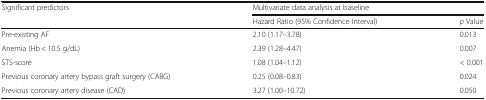
<table><thead><tr><td rowspan="2"><b>Significant predictors</b></td><td colspan="2"><b>Multivariate data analysis at baseline</b></td></tr><tr><td><b>Hazard Ratio (95% Confidence Interval)</b></td><td><b><i>p</i> Value</b></td></tr></thead><tbody><tr><td>Pre-existing AF</td><td>2.10 (1.17–3.78)</td><td>0.013</td></tr><tr><td>Anemia (Hb &lt; 10.5 g/dL)</td><td>2.39 (1.28–4.47)</td><td>0.007</td></tr><tr><td>STS-score</td><td>1.08 (1.04–1.12)</td><td>&lt; 0.001</td></tr><tr><td>Previous coronary artery bypass graft surgery (CABG)</td><td>0.25 (0.08–0.83)</td><td>0.024</td></tr><tr><td>Previous coronary artery disease (CAD)</td><td>3.27 (1.00–10.72)</td><td>0.050</td></tr></tbody></table>